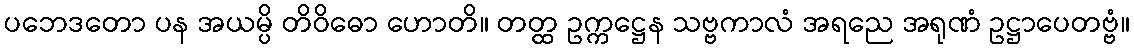
ပဘေဒတော ပန အယမ္ပိ တိဝိဓော ဟောတိ။ တတ္ထ ဥက္ကဋ္ဌေန သဗ္ဗကာလံ အရညေ အရုဏံ ဥဋ္ဌာပေတဗ္ဗံ။